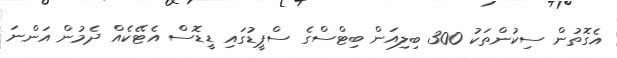
އެގޮތުން ސިކުންތަކު 300 ބިލިއަން ބިޓްސްގެ ސްޕީޑުގައި ޑީޑޮސް އެޓޭކެއް ދެމުން އަންނަ